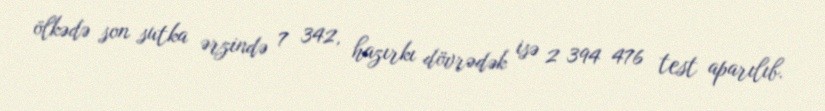
ölkədə son sutka ərzində 7 342, hazırkı dövrədək isə 2 394 476 test aparılıb.